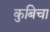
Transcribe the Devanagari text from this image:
कुबिचा